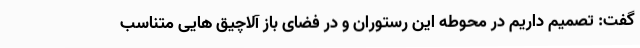
گفت: تصمیم داریم در محوطه این رستوران و در فضای باز آلاچیق هایی متناسب